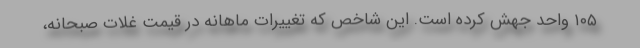
۱۰۵ واحد جهش کرده است. این شاخص که تغییرات ماهانه در قیمت غلات صبحانه،